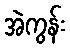
အဲကွန်း